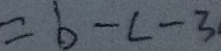
= b - c - 3